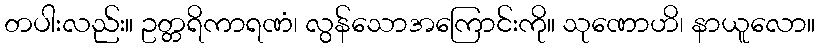
တပါးလည်း။ ဥတ္တရိကာရဏံ၊ လွန်သောအကြောင်းကို။ သုဏောဟိ၊ နာယူလော။